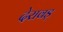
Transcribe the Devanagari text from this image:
देरावड़